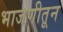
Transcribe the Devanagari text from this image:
भाजणीतून